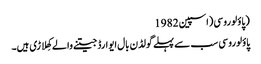
(پاؤلو روسی(اسپین 1982
پاؤلوروسی سب سے پہلے گولڈن بال ایوارڈ جیتنے والے کھِلاڑی ہیں۔